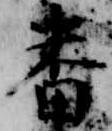
番